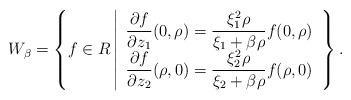
LaTeX: \begin{align*}W_\beta = \left\{ f \in R \left|\begin{array}{l}\dfrac{\partial f}{\partial z_1}(0, \rho) = \dfrac{\xi_1^2 \rho}{\xi_1 + \beta \rho} f(0, \rho)\\\dfrac{\partial f}{\partial z_2}(\rho, 0) = \dfrac{\xi_2^2 \rho}{\xi_2 + \beta \rho} f(\rho, 0)\end{array}\right.\right\}.\end{align*}